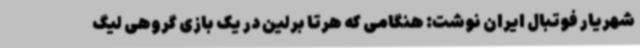
شهریار فوتبال ایران نوشت: هنگامی که هرتا برلین در یک بازی گروهی لیگ